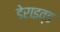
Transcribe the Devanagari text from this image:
डेराइव्ड